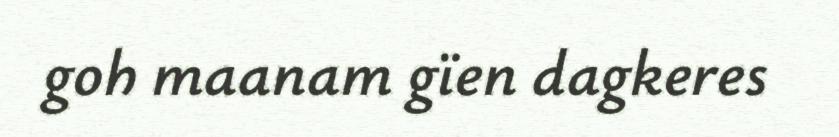
goh maanam gïen dagkeres